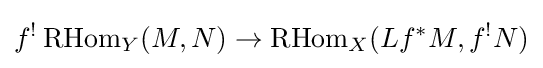
f^{!}\operatorname {RHom} _{Y}(M,N)\to \operatorname {RHom} _{X}(Lf^{*}M,f^{!}N)